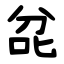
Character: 兺